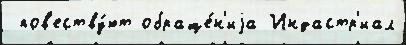
 пов'еству́ют обраще́н'иjа Индастр'иал